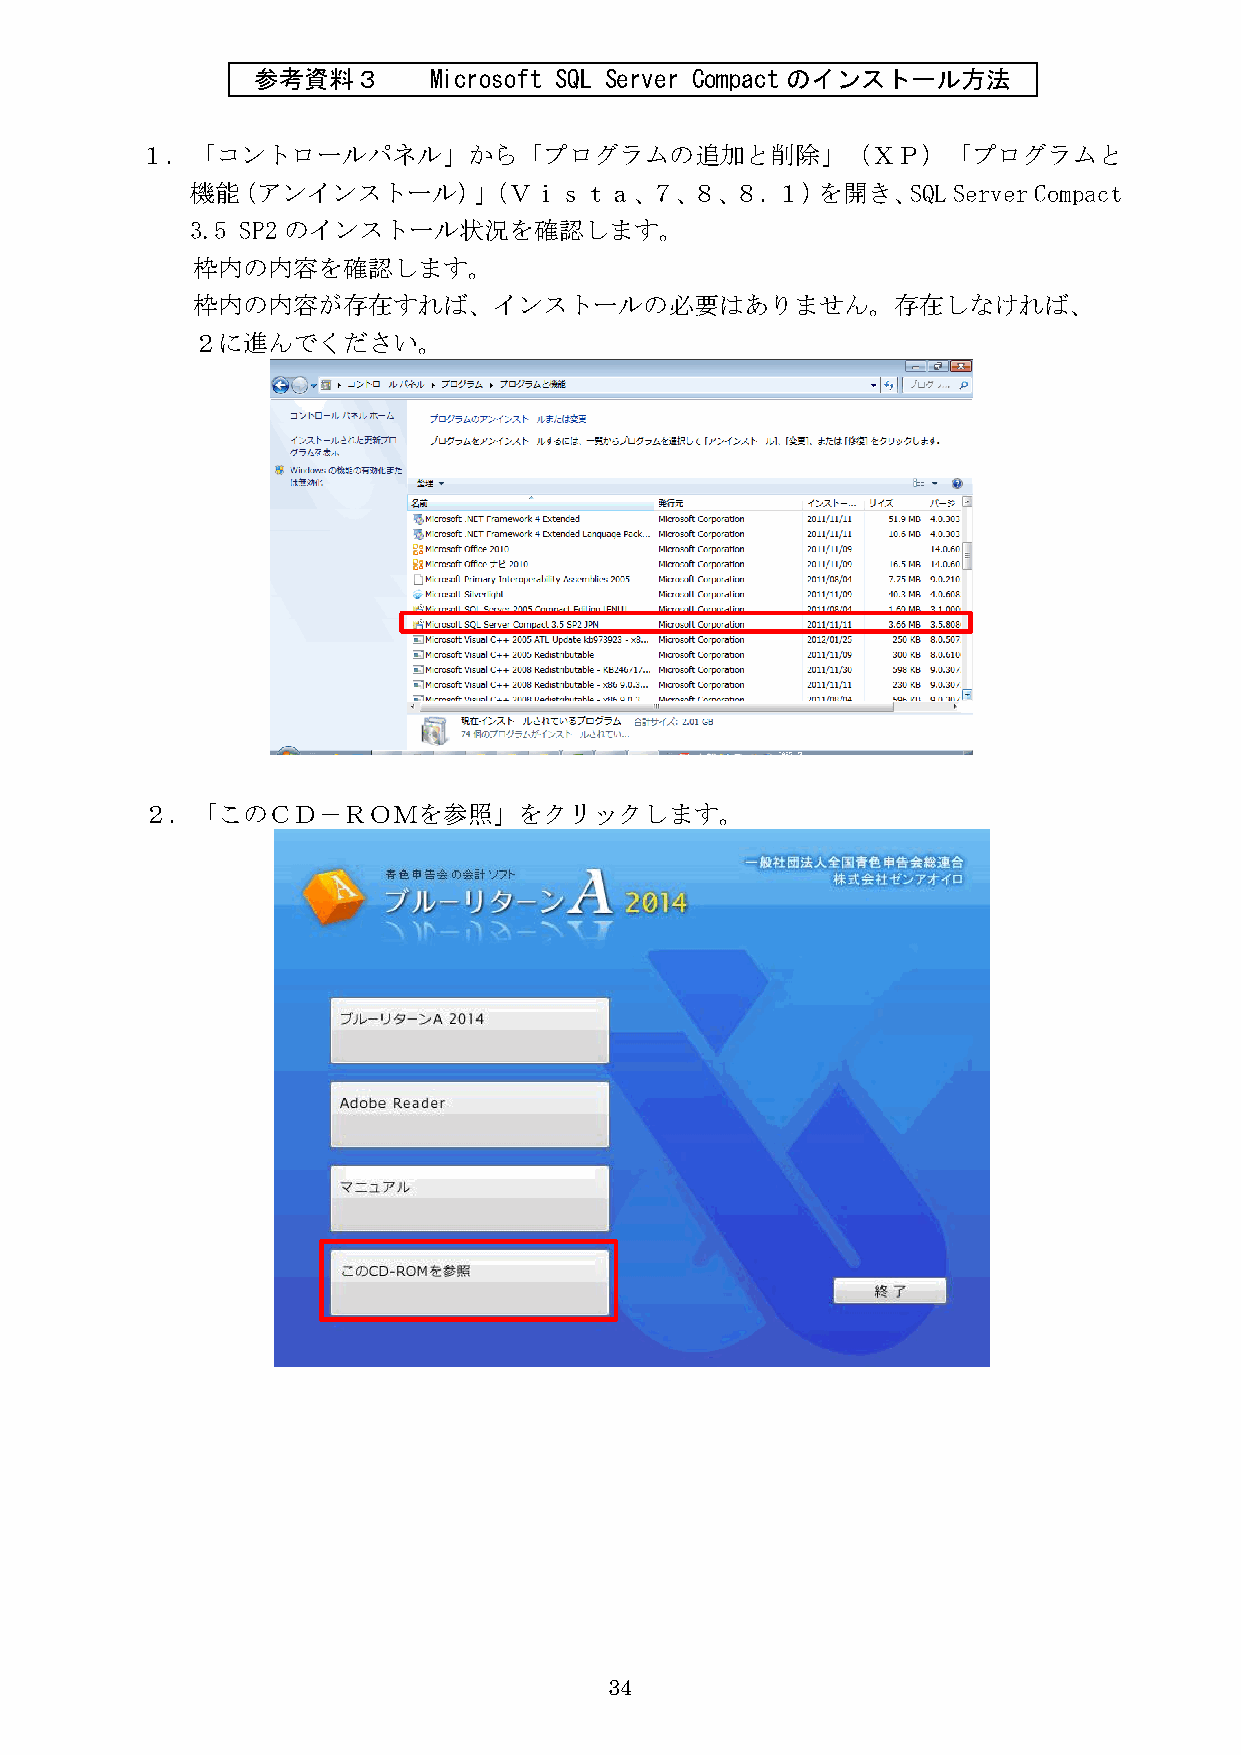
参考資料３      Microsoft SQL Server Compactのインストール方法
 １．「コントロールパネル」から「プログラムの追加と削除」（ＸＰ）「プログラムと
 機能（アンインストール）」（Ｖｉｓｔａ、７、８、８．１）を開き、SQL               Server Compact
 3.5 SP2のインストール状況を確認します。
 枠内の内容を確認します。
 枠内の内容が存在すれば、インストールの必要はありません。存在しなければ、
 ２に進んでください。
 ２．「このＣＤ－ＲＯＭを参照」をクリックします。
 34